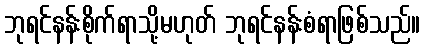
ဘုရင်နန်းစိုက်ရာသို့မဟုတ် ဘုရင်နန်းစံရာဖြစ်သည်။